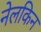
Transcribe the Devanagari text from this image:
नेलकिन